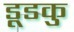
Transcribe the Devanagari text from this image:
डूडकु